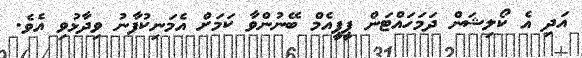
އަދި އެ ކޯލިޝަން ދަމަހައްޓަން ޕީޕީއެމް ބޭނުންވާ ކަމަށް އެމަނިކުފާނު ވިދާޅުވި އެވެ.